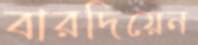
বারদিয়েন